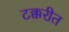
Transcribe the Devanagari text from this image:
टक्करीत